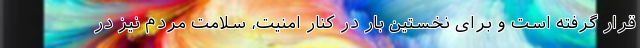
قرار گرفته است و برای نخستین بار در کنار امنیت، سلامت مردم نیز در